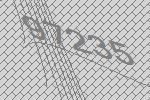
97235